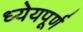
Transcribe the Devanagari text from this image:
ध्येयपूर्ण